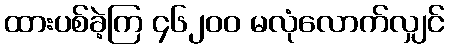
ထားပစ်ခဲ့ကြ ၄၆၂၀၀ မလုံလောက်လျှင်